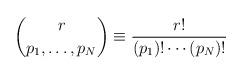
LaTeX: \begin{align*}\binom{r}{p_1,\ldots,p_N} \equiv \frac{r!}{(p_1)!\cdots (p_N)!}\end{align*}